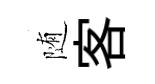
随客